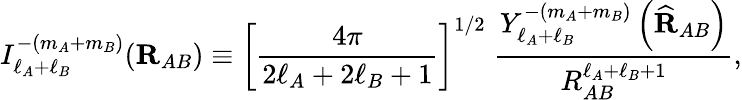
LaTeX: I_{\ell_{A}+\ell_{B}}^{-(m_{A}+m_{B})}(\mathbf{R}_{AB})\equiv\left[{\frac{4\pi}{2\ell_{A}+2\ell_{B}+1}}\right]^{1/2}\; {\frac{Y_{\ell_{A}+\ell_{B}}^{-(m_{A}+m_{B})}\left({\widehat{\mathbf{R}}}_{AB}\right)}{R_{AB}^{\ell_{A}+\ell_{B}+1}}},